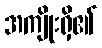
အကျိုးရှိ၏